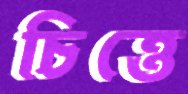
চিত্তে